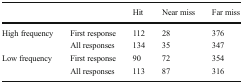
|  |  | Hit | Near miss | Far miss |
 | --- | --- | --- | --- | --- |
 | <ROWSPAN=2> High frequency | First response | 112 | 28 | 376 |
 | All responses | 134 | 35 | 347 |
 | <ROWSPAN=2> Low frequency | First response | 90 | 72 | 354 |
 | All responses | 113 | 87 | 316 |